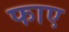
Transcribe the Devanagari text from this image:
फाए